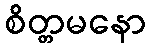
စိတ္တမနော